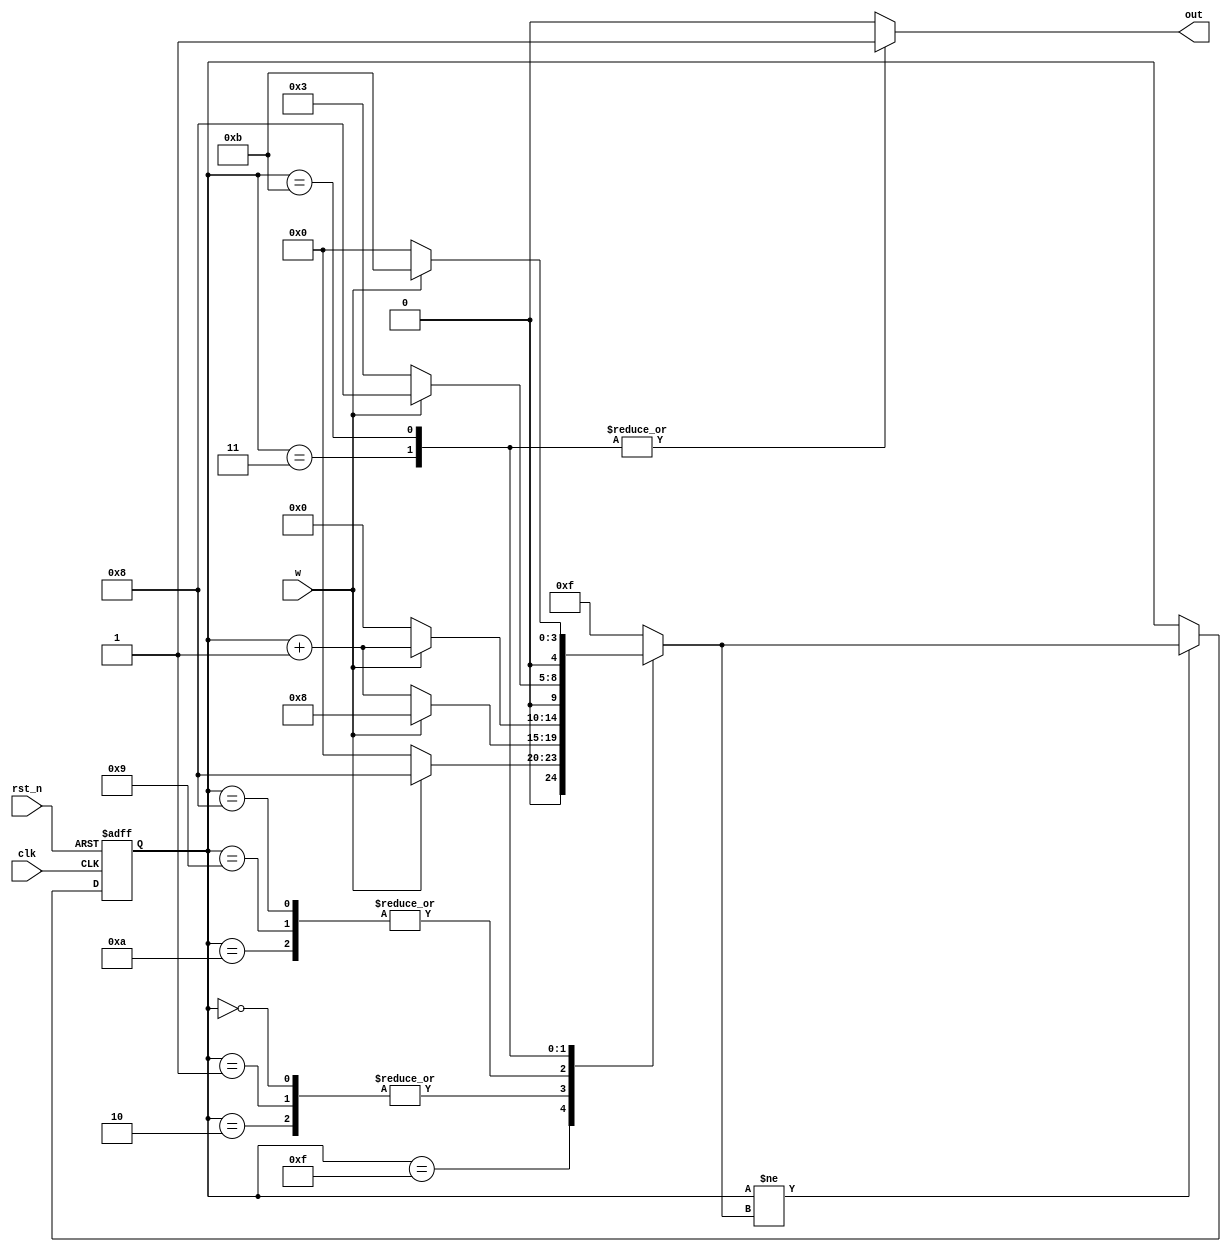
module ex07 (clk, rst_n, w, out);

	input clk;
	input rst_n;
	input w;

	output out;

	parameter ST_A = 4'b1111;
	parameter ST_B = 4'b0000;
	parameter ST_C = 4'b0001;
	parameter ST_D = 4'b0010;
	parameter ST_E = 4'b0011;
	parameter ST_F = 4'b1000;
	parameter ST_G = 4'b1001;
	parameter ST_H = 4'b1010;
	parameter ST_I = 4'b1011;

	reg  out;

	reg  [4:0] next_state;
	reg  [4:0] state;

	always @(posedge clk or negedge rst_n) begin
		if (!rst_n) begin
			state <= ST_A;
		end
		else begin
			if(state!=next_state) begin
				state <= next_state;
			end
		end
	end

	always @(*) begin
		case(state)
			ST_A: begin
				next_state = w ? ST_F : ST_B;
			end
			ST_B,ST_C,ST_D: begin
				next_state = w ? ST_F : (state + 1'b1);
			end
			ST_F,ST_G,ST_H: begin
				next_state = w ? (state + 1'b1) : ST_B;
			end
			ST_E: begin
				next_state = w ? ST_F : ST_E;
			end
			ST_I: begin
				next_state = w ? ST_I : ST_B;
			end
			default: begin
				next_state = ST_A;
			end
		endcase
	end

	reg [7:0] STATE_CHAR;

	always@*begin
		case(state)
			ST_A: begin
					STATE_CHAR = "A";
			end
			ST_B: begin
					STATE_CHAR = "B";
			end
			ST_C: begin
					STATE_CHAR = "C";
			end
			ST_D: begin
					STATE_CHAR = "D";
			end
			ST_E: begin
					STATE_CHAR = "E";
			end
			ST_F: begin
					STATE_CHAR = "F";
			end
			ST_G: begin
					STATE_CHAR = "G";
			end
			ST_H: begin
					STATE_CHAR = "SH";
			end
			ST_I: begin
					STATE_CHAR = "I";
			end
			default: begin
					STATE_CHAR = "X";
			end
		endcase
	end
	
	always @(*) begin
		case(state)
			ST_I,ST_E: begin
				out =  1'b1;
			end
			default: begin
				out =  1'b0;
			end
		endcase
	end

endmodule